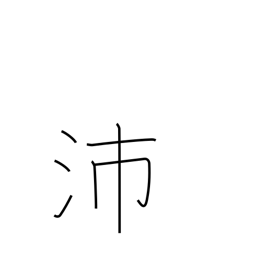
Meaning: big rain